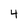
Character: 4